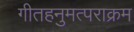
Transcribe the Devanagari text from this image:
गीतहनुमत्पराक्रम